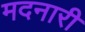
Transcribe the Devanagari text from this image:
मदनारी